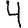
Digit: 4